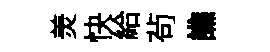
羙快給茍譙